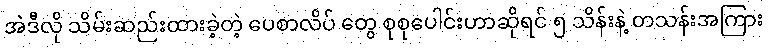
အဲဒီလို သိမ်းဆည်းထားခဲ့တဲ့ ပေစာလိပ် တွေ စုစုပေါင်းဟာဆိုရင် ၅ သိန်းနဲ့ တသန်းအကြား